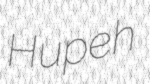
Hupeh